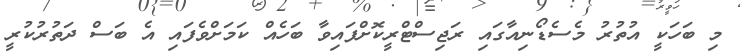
މި ބަހަކީ އުތުރު މެސެޑޯނިއާގައި ރަޖިސްޓްރީކޮށްފައިވާ ބަހެއް ކަމަށްވެފައި އެ ބަސް ދަތުރުކުރީ